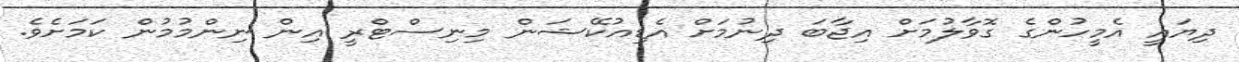
ދިޔައީ އެމީހުންގެ ގޮވާލުމަށް އިޖާބަ ދިނުމަށް އެޑިއުކޭޝަން މިނިސްޓްރީ އިން ނިންމުމުން ކަމަށެވެ.